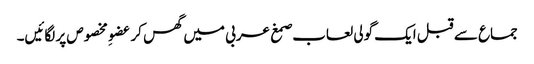
جماع سے قبل ایک گولی لعاب صمغ عربی میں گھس کر عضوِ مخصوص پر لگائیں۔